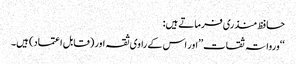
حافظ منذری فرماتے ہیں:
‘‘ورواتہ ثقات’’اور اس کے راوی ثقہ اور (قابل اعتماد) ہیں۔